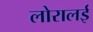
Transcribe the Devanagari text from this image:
लोरालई